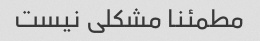
مطمئنا مشکلی نیست